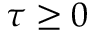
\tau \geq 0